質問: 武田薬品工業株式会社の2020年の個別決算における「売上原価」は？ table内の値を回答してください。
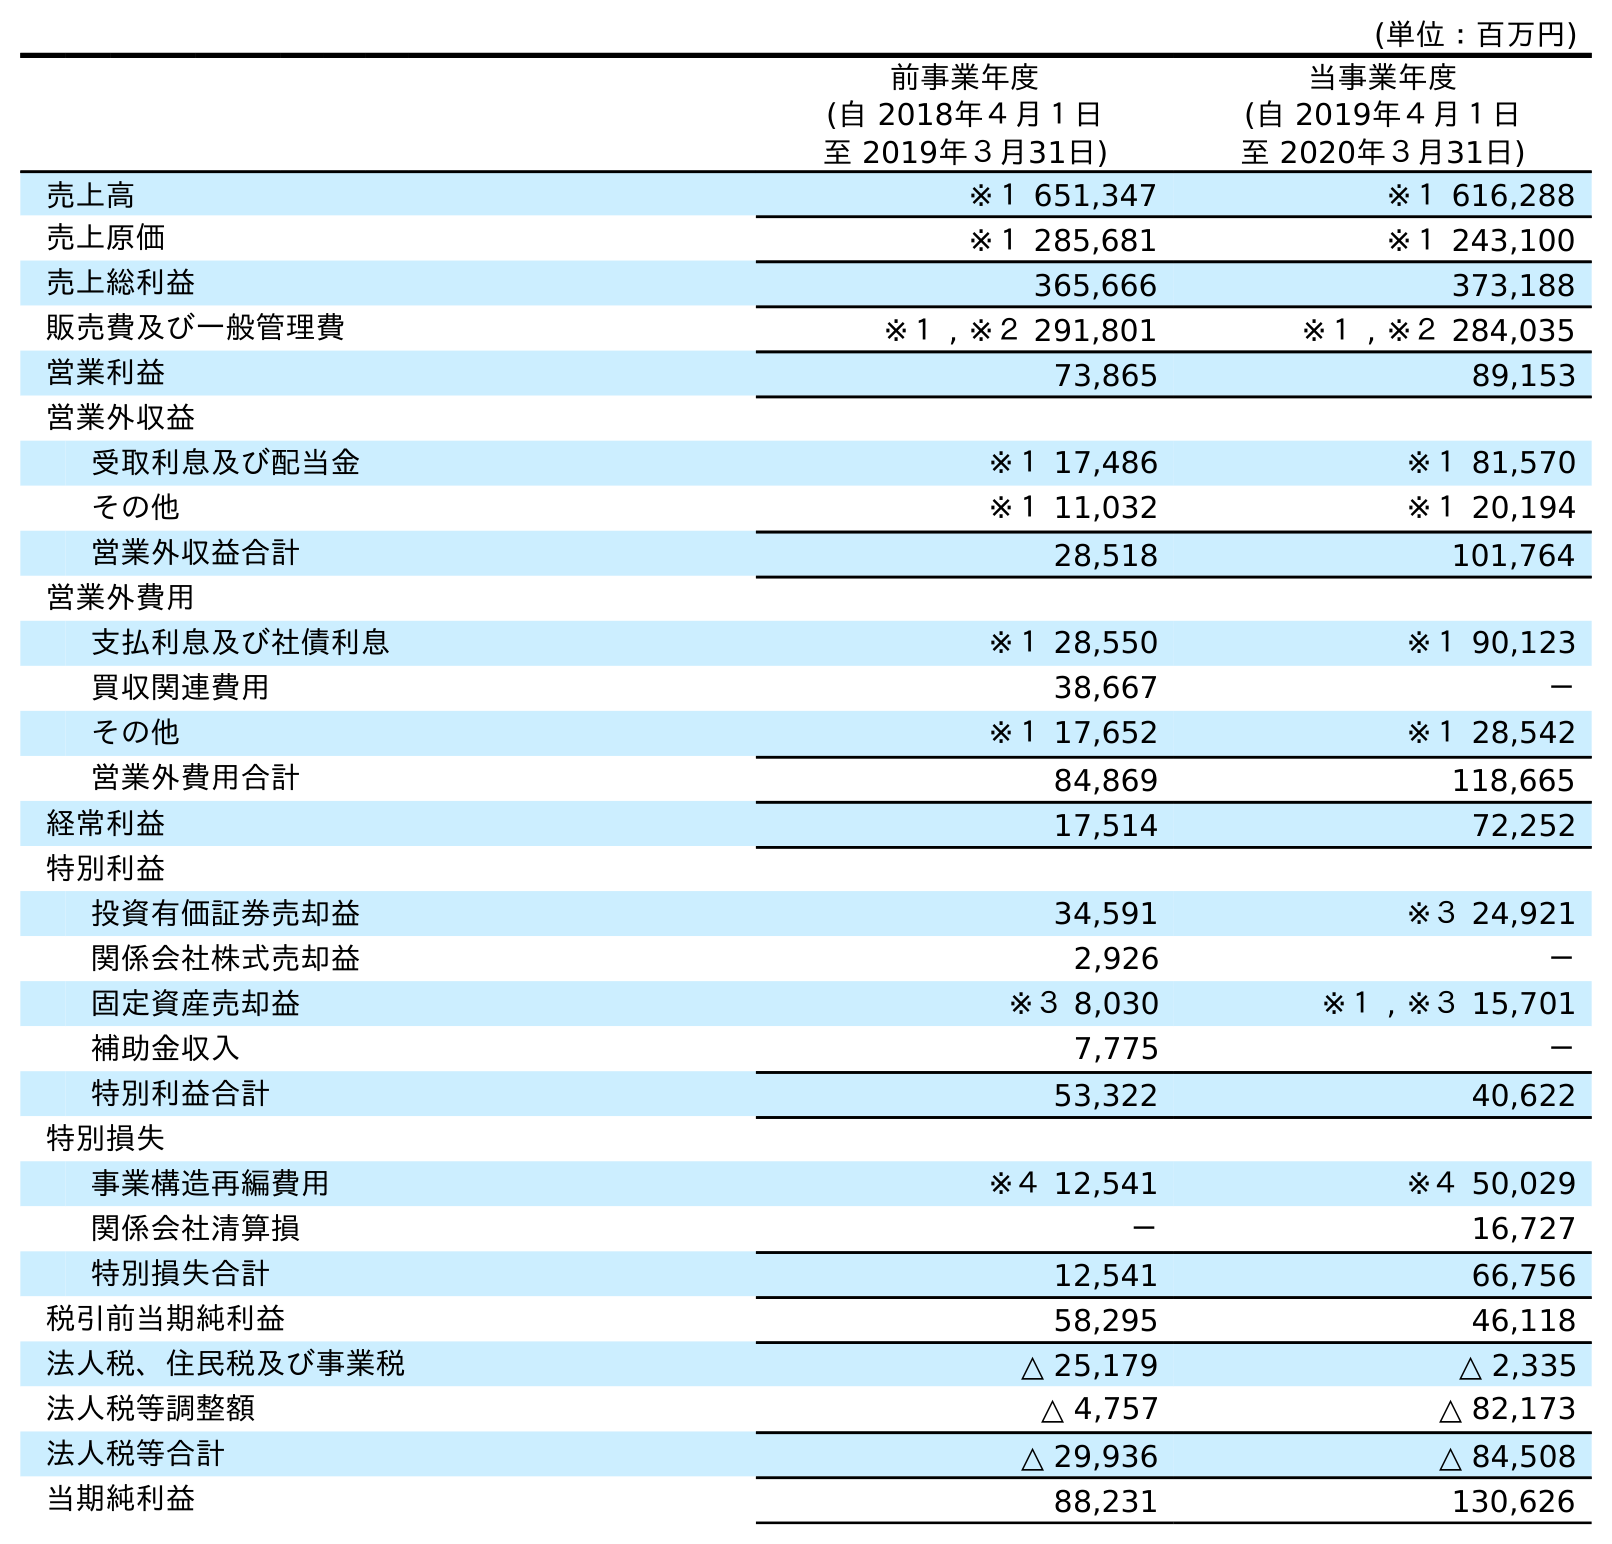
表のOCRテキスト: (単位：百万円) 前事業年度 (自 2018年４月１日 至 2019年３月31日) 当事業年度 (自 2019年４月１日 至 2020年３月31日) 売上高 ※１ 651,347 ※１ 616,288 売上原価 ※１ 285,681 ※１ 243,100 売上総利益 365,666 373,188 販売費及び一般管理費 ※１ , ※２ 291,801 ※１ , ※２ 284,035 営業利益 73,865 89,153 営業外収益 受取利息及び配当金 ※１ 17,486 ※１ 81,570 その他 ※１ 11,032 ※１ 20,194 営業外収益合計 28,518 101,764 営業外費用 支払利息及び社債利息 ※１ 28,550 ※１ 90,123 買収関連費用 38,667 － その他 ※１ 17,652 ※１ 28,542 営業外費用合計 84,869 118,665 経常利益 17,514 72,252 特別利益 投資有価証券売却益 34,591 ※３ 24,921 関係会社株式売却益 2,926 － 固定資産売却益 ※３ 8,030 ※１ , ※３ 15,701 補助金収入 7,775 － 特別利益合計 53,322 40,622 特別損失 事業構造再編費用 ※４ 12,541 ※４ 50,029 関係会社清算損 － 16,727 特別損失合計 12,541 66,756 税引前当期純利益 58,295 46,118 法人税、住民税及び事業税 △ 25,179 △ 2,335 法人税等調整額 △ 4,757 △ 82,173 法人税等合計 △ 29,936 △ 84,508 当期純利益 88,231 130,626
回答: ※１243,100